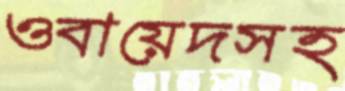
ওবায়েদসহ